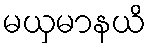
မယှမာနယိ